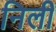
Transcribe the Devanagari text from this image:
निली